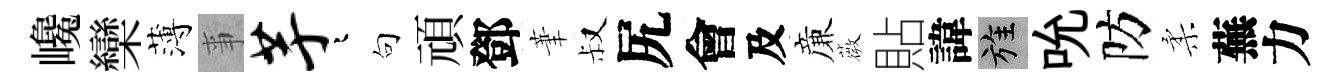
巉欒薄亊芋迢句頑鄧茟叔尻會及亷薇貼諱旌吮防柔蕪力